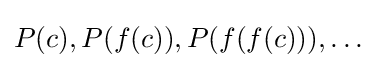
P(c),P(f(c)),P(f(f(c))),\ldots